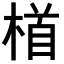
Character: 𪳂